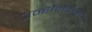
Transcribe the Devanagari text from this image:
उन्होंनेकहा